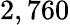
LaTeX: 2,760